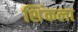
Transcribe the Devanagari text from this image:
शिंकला